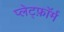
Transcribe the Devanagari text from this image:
प्लेट्फ़ॉर्म